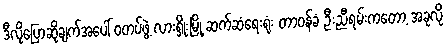
ဒီလိုပြောဆိုချက်အပေါ် ဝတပ်ဖွဲ့ လားရှိုးမြို့ ဆက်ဆံရေးရုံး တာဝန်ခံ ဦးညီရမ်းကတော့ အခုလို